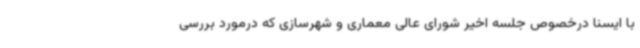
با ایسنا درخصوص جلسه اخیر شورای عالی معماری و شهرسازی که درمورد بررسی